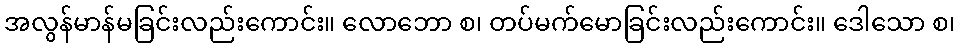
အလွန်မာန်မခြင်းလည်းကောင်း။ လောဘော စ၊ တပ်မက်မောခြင်းလည်းကောင်း။ ဒေါသော စ၊